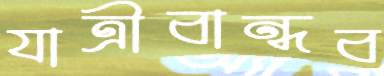
যাত্রীবান্ধব